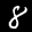
Label: 8